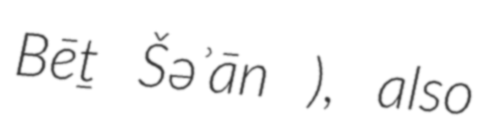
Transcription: Bēṯ Šəʾān ), also